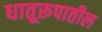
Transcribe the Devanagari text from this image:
धातूरूपातील